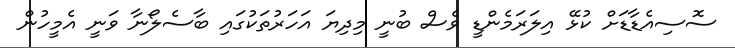
ސޮސިއެޑާޑަށް ކުޅޭ އިލަރަމެންޑީ ވެސް ބުނީ މިދިޔަ އަހަރުތަކުގައި ބާސެލޯނާ ވަނީ އެމީހުން